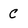
Character: C